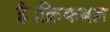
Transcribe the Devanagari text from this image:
है।क्रिकबज़